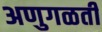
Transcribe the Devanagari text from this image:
अणुगळती